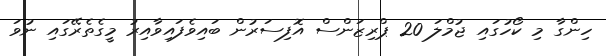
ހިންގާ މި ކޯހުގައި ޖުމްލަ 20 ޕްރިޒަންސް އޮފިސަރުން ބައިވެފައިވާއިރު މީގެތެރޭގައި ނުވަ